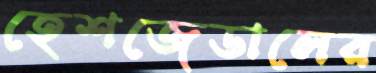
হেশজেডালের